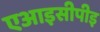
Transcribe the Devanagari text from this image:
एआइसीपीइ